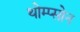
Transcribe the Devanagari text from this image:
थोम्प्सोन